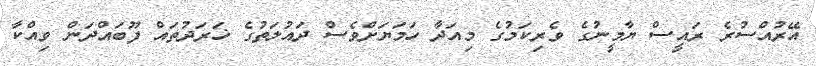
އޭރުއްސުރެ ރައީސް ޔާމީނުގެ ވެރިކަމުގެ މިއަދާ ހަމަޔަށްވެސް ދައުލަތުގެ ޚަރަދުތައް ފޫބައްދަން ވިއްކާ